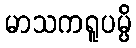
မာသကရူပမ္ပိ